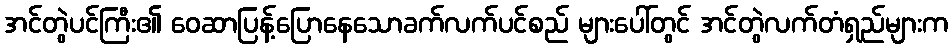
အင်တွဲပင်ကြီး၏ ဝေဆာပြန့်ပြောနေသောခက်လက်ပင်စည် များပေါ်တွင် အင်တွဲလက်တံရှည်များက